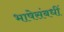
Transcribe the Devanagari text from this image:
भाषेसंबधीं